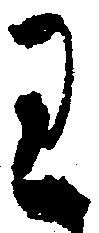
り